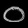
Digit: ၀